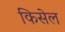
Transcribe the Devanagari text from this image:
किसेल